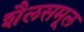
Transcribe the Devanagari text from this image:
शैलसमूल